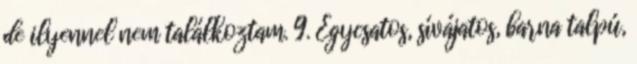
de ilyennel nem találkoztam. 9. Egycsatos, sívájatos, barna talpú,